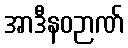
အာဒီနဝဉာဏ်